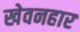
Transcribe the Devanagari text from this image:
खेवनहार